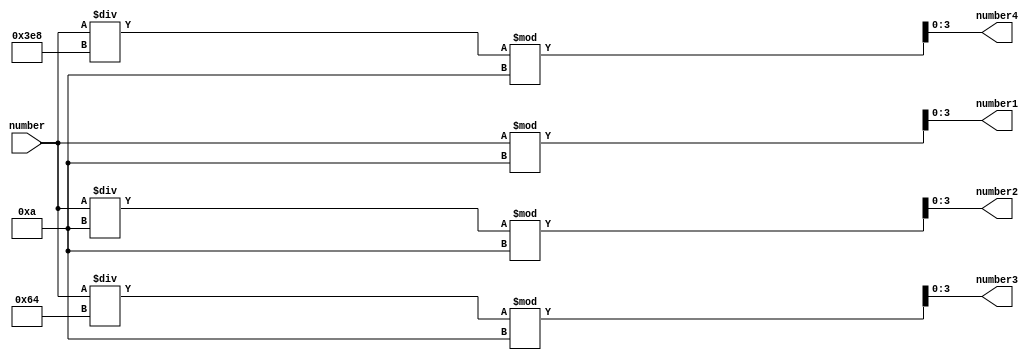
module numParser(
	input [0:14] number,
	output [0:3] number1,number2,number3,number4
	);
	
	assign number1 = number % 10;
	assign number2 = (number / 10) % 10;
	assign number3 = (number / 100) % 10;
	assign number4 = (number / 1000 ) % 10;
	
endmodule